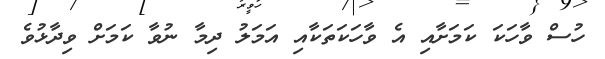
ހުސް ވާހަކަ ކަަމަށާއި އެ ވާހަކަތަކާއި އަމަލު ދިމާ ނުވާ ކަމަށް ވިދާޅުވެ